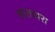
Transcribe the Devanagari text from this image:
सातधारा